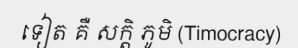
ទៀត គឺ សក្តិ ភូមិ (Timocracy)